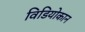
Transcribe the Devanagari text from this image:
विडियोकान